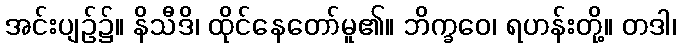
အင်းပျဉ်၌။ နိသီဒိ၊ ထိုင်နေတော်မူ၏။ ဘိက္ခဝေ၊ ရဟန်းတို့။ တဒါ၊